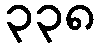
၃၃၈